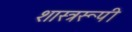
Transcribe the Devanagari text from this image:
शास्त्ररूपी